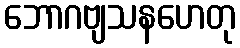
ဘောဂဗျသနဟေတု